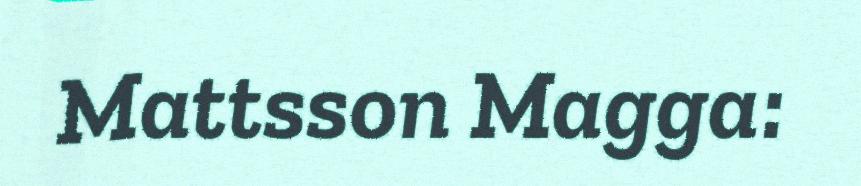
Mattsson Magga: